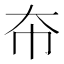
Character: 𫯜